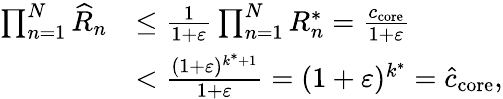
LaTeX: \begin{array}{rl}{\prod_{n=1}^{N}\widehat{R}_{n}}&{\le\frac{1}{1+\varepsilon}\prod_{n=1}^{N}R_{n}^{*}=\frac{c_{\mathrm{core}}}{1+\varepsilon}}\\ &{<\frac{(1+\varepsilon)^{k^{*}+1}}{1+\varepsilon}=(1+\varepsilon)^{k^{*}}=\widehat{c}_{\mathrm{core}},}\end{array}